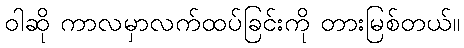
ဝါဆို ကာလမှာလက်ထပ်ခြင်းကို တားမြစ်တယ်။